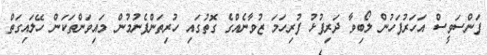
ފަންސަވީސް އަހަރުފަހުން ލޯބިވާ ދަރިފުޅު ފުރިހަމަ ޒުވާނެއްގެ ގޮތުގައި ހުރިތަންފެނުމުން މައިވަންތަކަން ހޭލައިގަތް